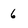
Character: 6